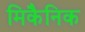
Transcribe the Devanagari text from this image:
मिकैनिक